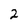
Character: 2